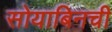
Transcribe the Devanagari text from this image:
सोयाबिनची